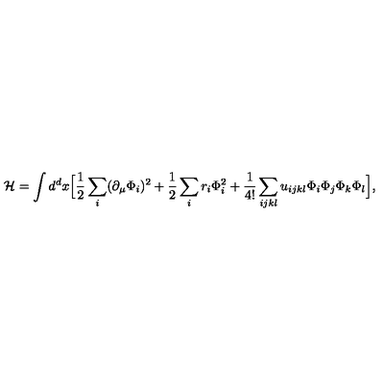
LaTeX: { \cal H } = \int d ^ { d } x \Bigl [ { \frac { 1 } { 2 } } \sum _ { i } ( \partial _ { \mu } \Phi _ { i } ) ^ { 2 } + { \frac { 1 } { 2 } } \sum _ { i } r _ { i } \Phi _ { i } ^ { 2 } + { \frac { 1 } { 4 ! } } \sum _ { i j k l } u _ { i j k l } \Phi _ { i } \Phi _ { j } \Phi _ { k } \Phi _ { l } \Bigr ] ,